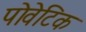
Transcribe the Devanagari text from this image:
पोवेटिक